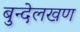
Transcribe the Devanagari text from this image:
बुन्देलखण